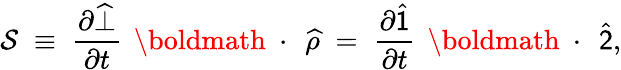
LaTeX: {\cal S}\; \equiv\; \frac{\partial\widehat{\bot}}{\partial t}\, \mathrm{~\boldmath~\cdot~}\, \widehat{\rho}\; =\; \frac{\partial\widehat{\sf 1}}{\partial t}\, \mathrm{~\boldmath~\cdot~}\, \widehat{\sf 2},